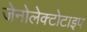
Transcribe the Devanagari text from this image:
जेनोलेक्टोटाइप